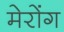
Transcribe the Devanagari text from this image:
मेरोंग